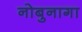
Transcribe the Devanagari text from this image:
नोबुनागा